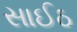
સાઈઠ